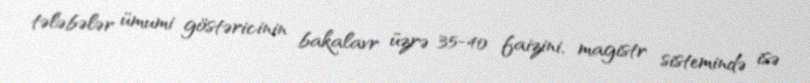
tələbələr ümumi göstəricinin bakalavr üzrə 35-40 faizini, magistr sistemində isə